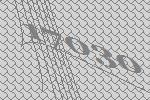
17030